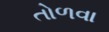
તોળવા